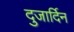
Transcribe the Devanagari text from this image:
दुजार्दिन